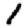
Digit: 1